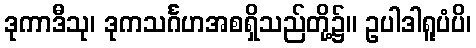
ဒုကာဒီသု၊ ဒုကသင်္ဂဟအစရှိသည်တို့၌။ ဥပါဒါရူပံပိ၊